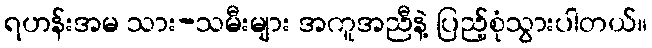
ရဟန်းအမ သား-သမီးများ အကူအညီနဲ့ ပြည့်စုံသွားပါတယ်။